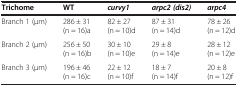
| Trichome | WT | curvy1 | arpc2 (dis2) | arpc4 |
 | --- | --- | --- | --- | --- |
 | Branch 1 (μm) | 286 ± 31 (n = 16)a | 82 ± 27 (n = 10)d | 87 ± 31 (n = 14)d | 78 ± 26 (n = 12)d |
 | Branch 2 (μm) | 256 ± 50 (n = 16)b | 30 ± 10 (n = 10)e | 29 ± 8 (n = 14)e | 28 ± 12 (n = 12)e |
 | Branch 3 (μm) | 196 ± 46 (n = 16)c | 22 ± 12 (n = 10)f | 18 ± 7 (n = 14)f | 20 ± 8 (n = 12)f |